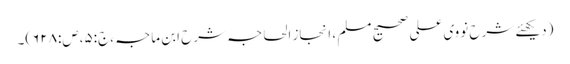
(دیکھئے شرح نووی علی صحیح مسلم ، انجاز الحاجہ شرح ابن ماجہ ،ج:۵،ص:۶۲۸)۔